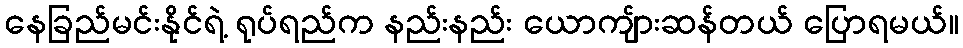
နေခြည်မင်းနိုင်ရဲ့ ရုပ်ရည်က နည်းနည်း ယောကျ်ားဆန်တယ် ပြောရမယ်။